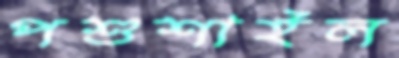
পশুশাইল